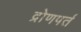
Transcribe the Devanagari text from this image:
द्रोणपर्त